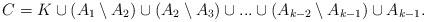
LaTeX: \begin{align*}C=K\cup (A_1\setminus A_2)\cup (A_2\setminus A_3)\cup ...\cup (A_{k-2}\setminus A_{k-1})\cup A_{k-1}.\end{align*}